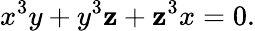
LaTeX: x^{3}y+y^{3}\mathbf{z}+\mathbf{z}^{3}x=0.